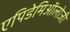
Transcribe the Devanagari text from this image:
एपिडेमिऑलोजी